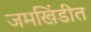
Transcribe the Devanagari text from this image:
जमखिंडीत